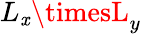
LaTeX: L_{\mathit{x}}\timesL_{y}